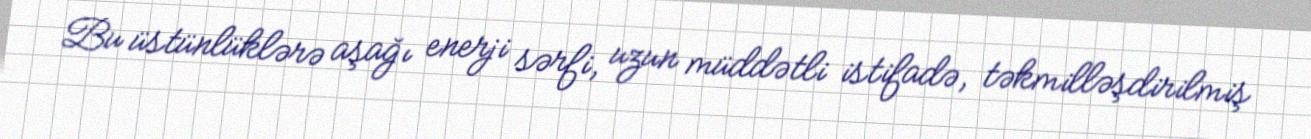
Bu üstünlüklərə aşağı enerji sərfi, uzun müddətli istifadə, təkmilləşdirilmiş